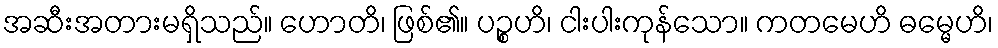
အဆီးအတားမရှိသည်။ ဟောတိ၊ ဖြစ်၏။ ပဉ္စဟိ၊ ငါးပါးကုန်သော။ ကတမေဟိ ဓမ္မေဟိ၊